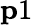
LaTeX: {\mathbf p1}